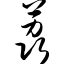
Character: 荔